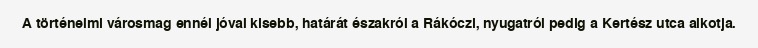
A történelmi városmag ennél jóval kisebb, határát északról a Rákóczi, nyugatról pedig a Kertész utca alkotja.